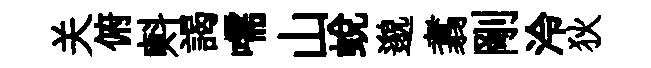
关俯㪺謁嚅山蛻邈翥剛泠狄